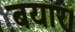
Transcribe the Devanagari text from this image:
बयार।